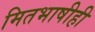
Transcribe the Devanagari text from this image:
मितभाषीही